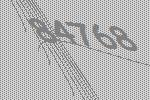
84768